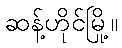
ဆန့်ဟိုင်မြို့။